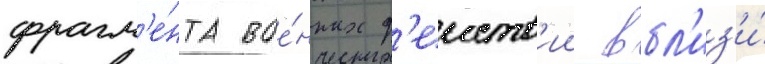
фрагм'е́нта вое́нных д'еиств'ии вбл'из'и́